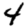
Digit: 4